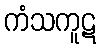
ကံသကူဋ